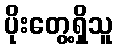
ပိုးတွေ့ရှိသူ